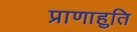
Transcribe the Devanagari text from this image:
प्राणाहुति